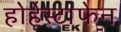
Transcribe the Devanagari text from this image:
होहेस्टाफेन